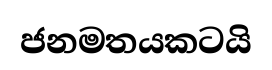
ජනමතයකටයි